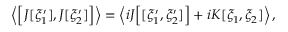
\left\langle \Bigl [ J [ \xi _ { 1 } ^ { \prime } ] , J [ \xi _ { 2 } ^ { \prime } ] \Bigr ] \right\rangle = \left\langle i J \Bigl [ [ \xi _ { 1 } ^ { \prime } , \xi _ { 2 } ^ { \prime } ] \Bigr ] + i K [ \xi _ { 1 } , \xi _ { 2 } ] \right\rangle ,